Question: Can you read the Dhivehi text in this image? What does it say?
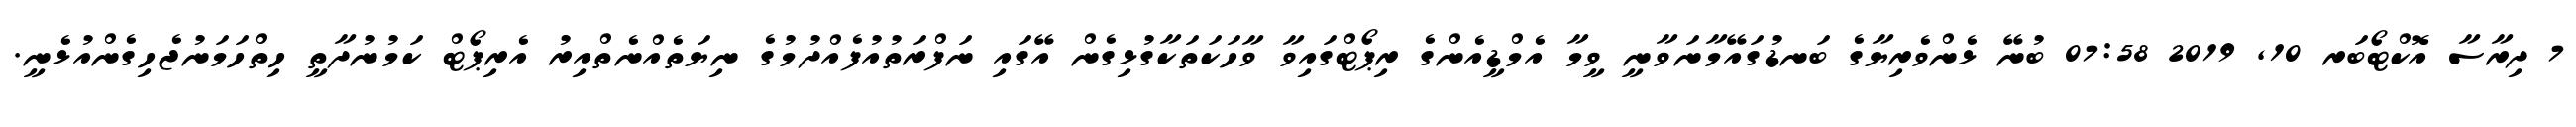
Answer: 7 ދިރާސާ އޮކްޓޯބަރ 10, 2019 07:58 ބުނޭ ޅެންވެރިޔާގެ ބަނޑުގައޭމާނަވާނީ ވީމާ އެމްޑީއެންގެ ރިޕޯޓްގައިވާ ވާހަކަތަކާގުޅިގެން އޭގައި ނަފްރަތުއުފެއްދުމުގެ ނިޔަތެއްނެތްއިރު އެރިޕޯޓް ކަމުނުދާތީ ހިތްހަމަނުޖެހިގެންއުޅެނީ.